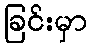
ခြင်းမှာ